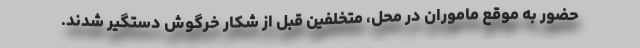
حضور به موقع ماموران در محل، متخلفین قبل از شکار خرگوش دستگیر شدند.